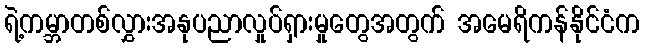
ရဲ့ကမ္ဘာတစ်လွှားအနုပညာလှုပ်ရှားမှုတွေအတွက် အမေရိကန်နိုင်ငံက